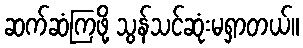
ဆက်ဆံကြဖို့ သွန်သင်ဆုံးမရှာတယ်။